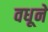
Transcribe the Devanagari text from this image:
वधूनें